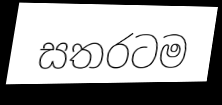
සතරටම